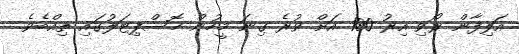
އަލިފާން ރޯވި އިރު 100 އަށް ވުރެ ގިނަ މީހުން ހޮސްޕިޓަލުގައި ތިއްބެވެ.